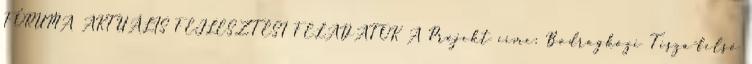
FÓRUMA AKTUÁLIS FEJLESZTÉSI FELADATOK A Projekt címe: Bodrogközi Tisza-felső